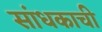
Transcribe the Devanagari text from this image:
सांधकाची